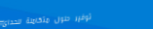
توفير حلول متكاملة للحدائ